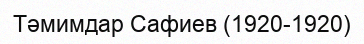
Тәмимдар Сафиев (1920-1920)